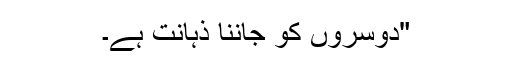
"دوسروں کو جاننا ذہانت ہے۔